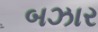
બઝાર